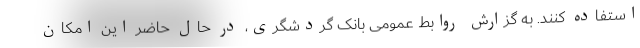
استفاده کنند. به گزارش روابط عمومی بانک گردشگری، در حال حاضر این امکان